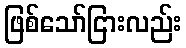
ဖြစ်သော်ငြားလည်း